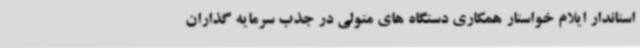
استاندار ایلام خواستار همکاری دستگاه های متولی در جذب سرمایه گذاران